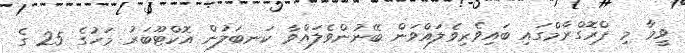
ވީމާ މި ޕްރޮގްރާމްގައި ބައިވެރިވެލައްވަން ބޭނުންވެލައްވާ ކަނބަލުން އޮކްޓޫބަރު މަހުގެ 25 ގެ